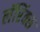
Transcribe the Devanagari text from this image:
लॅरिंक्स